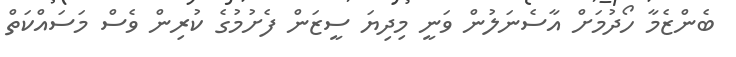
ބެންޒެމާ ހޯދުމަށް އާސެނަލުން ވަނީ މިދިޔަ ސީޒަން ފެށުމުގެ ކުރިން ވެސް މަސައްކަތް